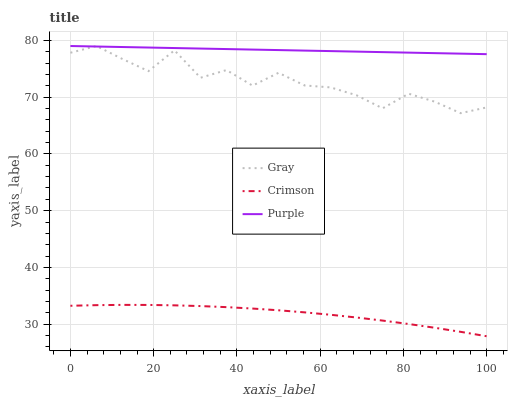
| xaxis_label | Gray | Crimson | Purple |
 | --- | --- | --- | --- |
 | 0 | 77.8 | 33.3 | 79 |
 | 6.25 | 79 | 33.4 | 78.9 |
 | 12.5 | 76.7 | 33.4 | 78.8 |
 | 18.8 | 74.6 | 33.4 | 78.7 |
 | 25 | 78.2 | 33.3 | 78.6 |
 | 31.2 | 73.4 | 33.2 | 78.6 |
 | 37.5 | 74.8 | 33 | 78.5 |
 | 43.8 | 72 | 32.8 | 78.4 |
 | 50 | 74.3 | 32.5 | 78.3 |
 | 56.2 | 72.1 | 32.1 | 78.2 |
 | 62.5 | 71.7 | 31.7 | 78.1 |
 | 68.8 | 70.3 | 31.2 | 78 |
 | 75 | 68 | 30.6 | 77.9 |
 | 81.2 | 70.6 | 30 | 77.8 |
 | 87.5 | 69.2 | 29.4 | 77.7 |
 | 93.8 | 67.2 | 28.7 | 77.7 |
 | 100 | 68.2 | 27.9 | 77.6 |